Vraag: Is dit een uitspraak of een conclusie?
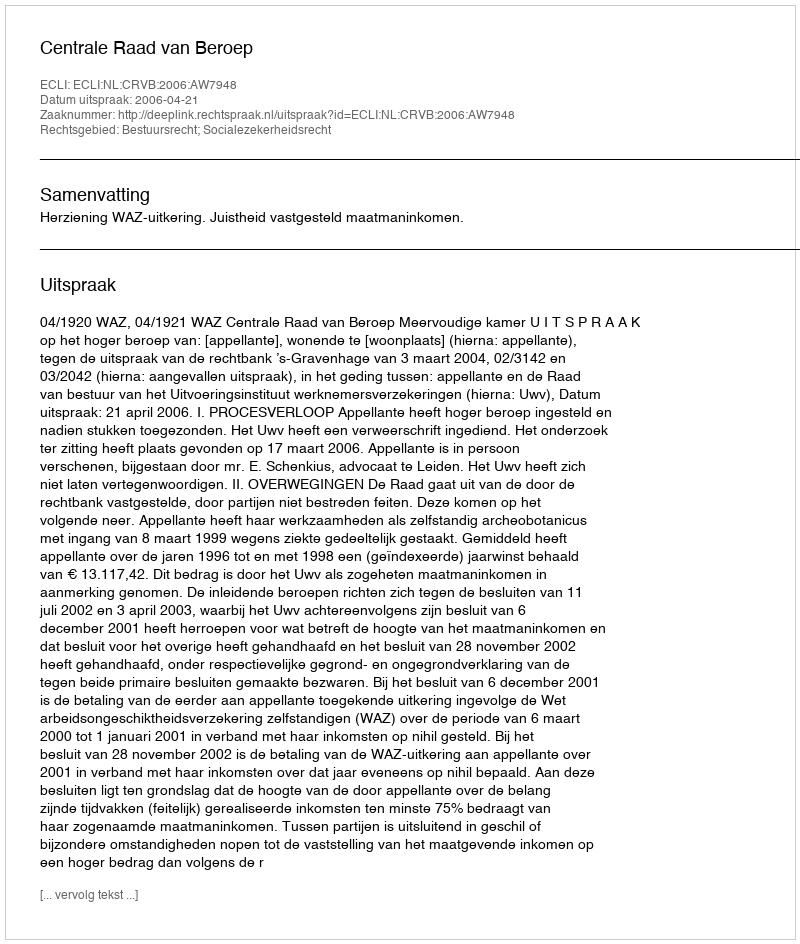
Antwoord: Uitspraak